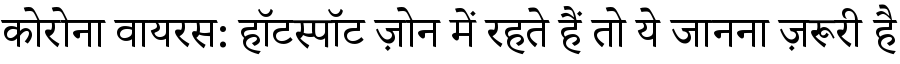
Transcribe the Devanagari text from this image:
कोरोना वायरस: हॉटस्पॉट ज़ोन में रहते हैं तो ये जानना ज़रूरी है